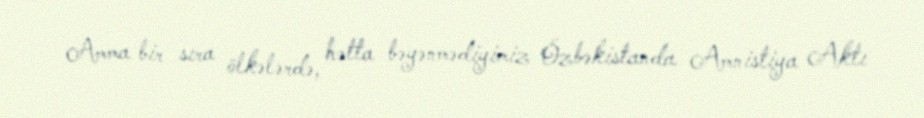
Amma bir sıra ölkələrdə, hətta bəyənmədiyimiz Özbəkistanda Amnistiya Aktı